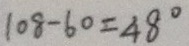
1 0 8 - 6 0 = 4 8 ^ { \circ }